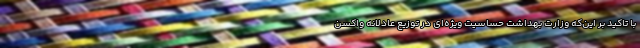
با تاکید بر این‌که وزارت بهداشت حساسیت ویژه‌ای در توزیع عادلانه واکسن